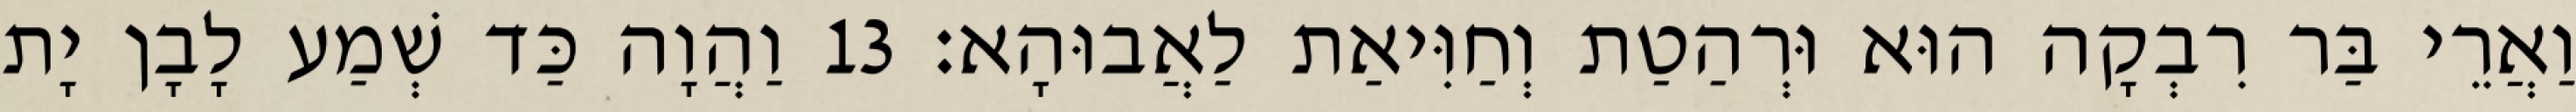
וַאֲרֵי בַּר רִבְקָה הוּא וּרְהַטַת וְחַוִּיאַת לַאֲבוּהָא׃ 13 וַהֲוָה כַּד שְׁמַע לָבָן יָת